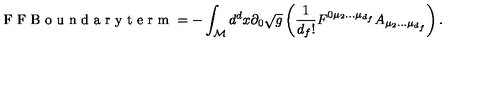
\textnormal { F F B o u n d a r y t e r m } = - \int _ { \cal M } d ^ { d } x \partial _ { 0 } \sqrt g \left( \frac { 1 } { d _ { f } ! } F ^ { 0 \mu _ { 2 } . . . \mu _ { d _ { f } } } A _ { \mu _ { 2 } . . . \mu _ { d _ { f } } } \right) .